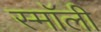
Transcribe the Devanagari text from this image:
स्माॅली